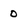
Character: 0